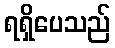
ရရှိပေသည်